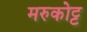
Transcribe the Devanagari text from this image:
मरुकोट्ट